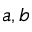
a , b